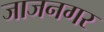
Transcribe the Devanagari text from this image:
जाजनगर